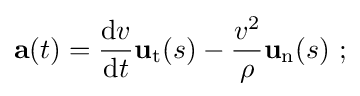
\mathbf {a} (t)={\frac {\mathrm {d} v}{\mathrm {d} t}}\mathbf {u} _{\mathrm {t} }(s)-{\frac {v^{2}}{\rho }}\mathbf {u} _{\mathrm {n} }(s)\ ;